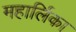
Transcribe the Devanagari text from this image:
महार्लिका